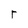
Character: r